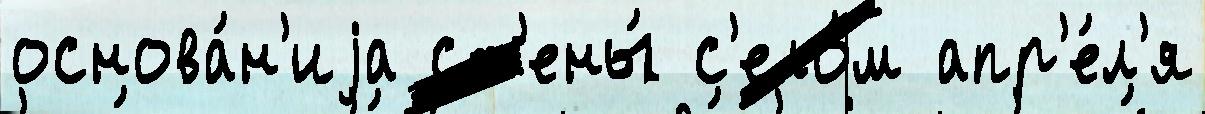
основа́н'иjа ст'ены́ с'ело́м апр'е́л'я